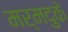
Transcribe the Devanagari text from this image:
मर्मदुके